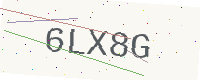
Text: 6LX8G